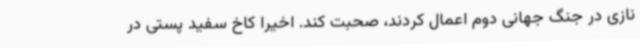
نازی در جنگ جهانی دوم اعمال کردند، صحبت کند. اخیرا کاخ سفید پستی در